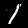
Label: 1